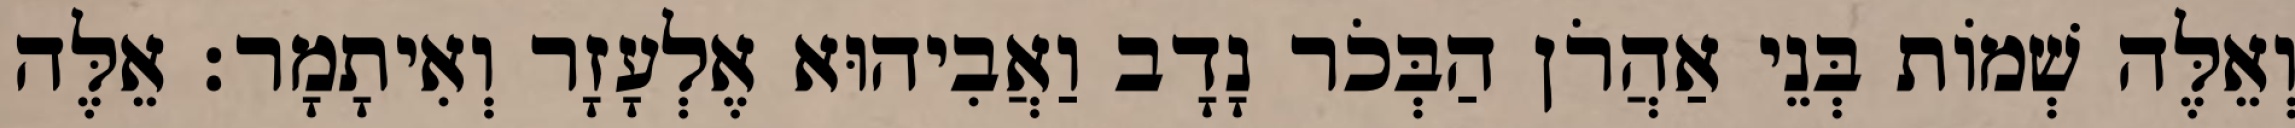
וְאֵלֶּה שְׁמוֹת בְּנֵי אַהֲרֹן הַבְּכֹר נָדָב וַאֲבִיהוּא אֶלְעָזָר וְאִיתָמָר׃ אֵלֶּה